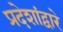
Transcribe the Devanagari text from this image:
प्रदेशांद्वारे